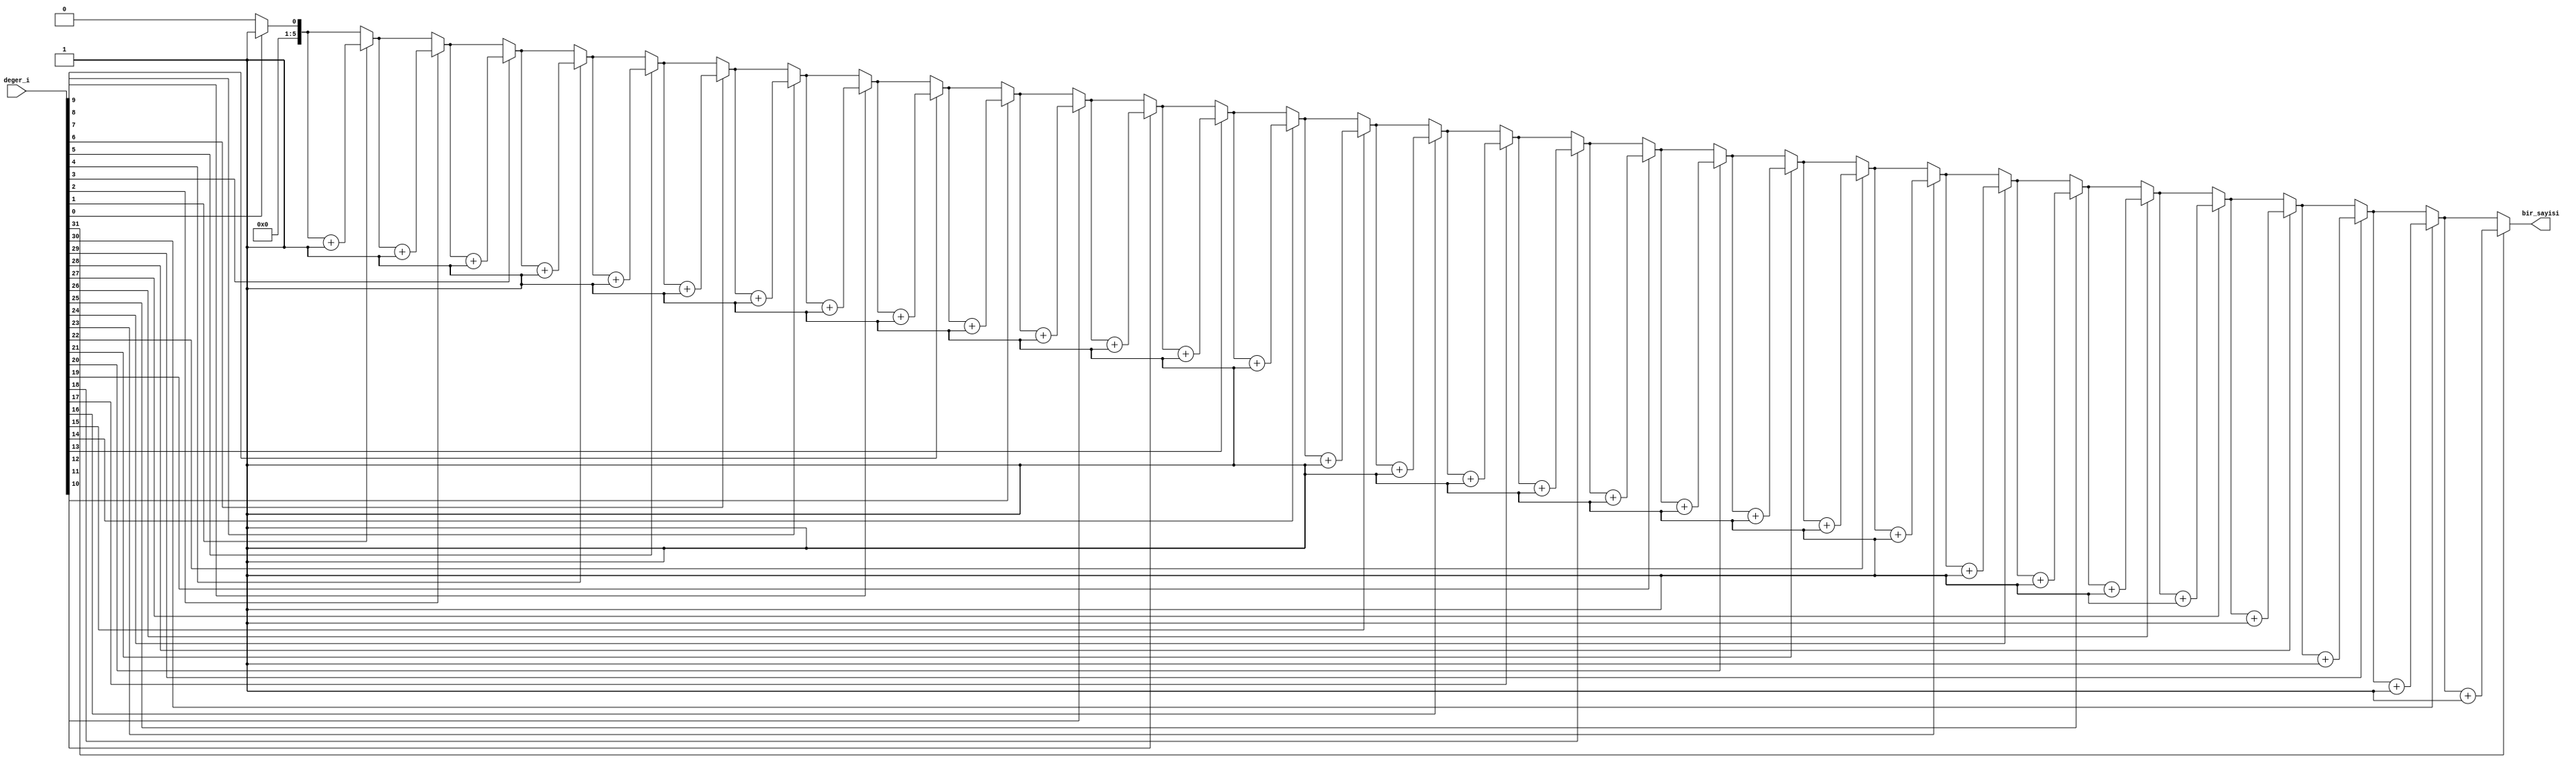
module popcount(
   input [31:0] deger_i,
   output reg [5:0] bir_sayisi
);

   integer i;
   always @* begin
      bir_sayisi = 6'b0;
      for(i = 0;i<32;i = i+1)begin
         if(deger_i[i])begin
            bir_sayisi = bir_sayisi + 6'b1;
         end
      end
   end
endmodule